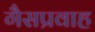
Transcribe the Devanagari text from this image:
गैसप्रवाह